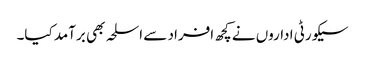
سیکورٹی اداروں نے کچھ افراد سے اسلحہ بھی برآمد کیا۔